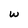
Character: w